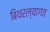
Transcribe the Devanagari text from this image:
बिथरल्यागत